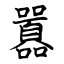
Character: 囂